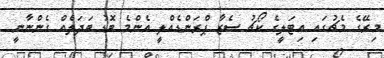
މިރޭގެ މެޗުގައި އިޓަލީގެ ކޯޗު ސެޒާ ޕްރަންޑެއްލީ އެންމެ ބޮޑު ބަދަލެއް ގެންނާނީ